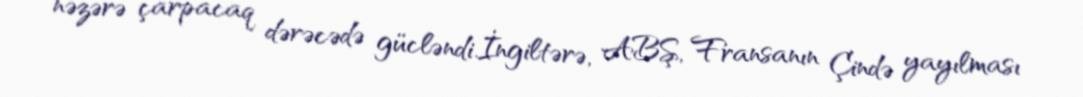
nəzərə çarpacaq dərəcədə gücləndi.İngiltərə, ABŞ, Fransanın Çində yayılması